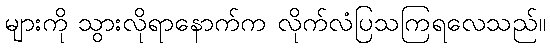
များကို သွားလိုရာနောက်က လိုက်လံပြသကြရလေသည်။